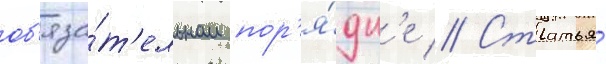
об'яза́т'ельном пор'я́дк'е // Статья́